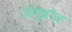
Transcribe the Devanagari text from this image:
ॲम्ब्रोज